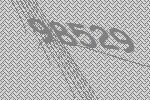
98529